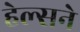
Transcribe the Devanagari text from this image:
हेल्सने